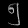
Digit: ၅